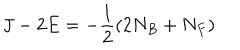
J - 2 E = - \frac { 1 } { 2 } \left( 2 N _ { B } + N _ { F } \right)